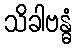
သိခါဗန္ဓံ